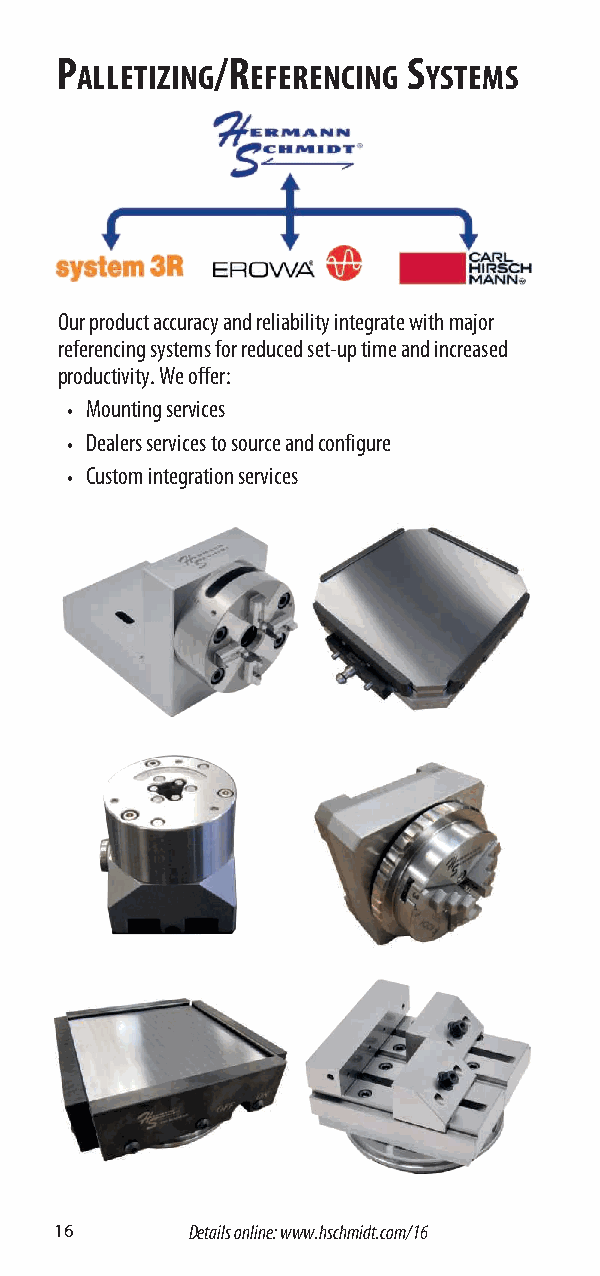
P         /R           S
 ALLETIZING  EFERENCING YSTEMS
 Our product accuracy and reliability integrate with major
 referencing systems for reduced set-up time and increased
 productivity . We offer:
 • Mounting services
 • Dealers services to source and configure
 • Custom integration services
 16      Details online: www.hschmidt.com/16